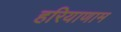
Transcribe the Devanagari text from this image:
हरियाणाम